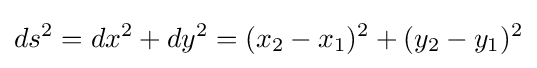
ds^{2}=dx^{2}+dy^{2}=(x_{2}-x_{1})^{2}+(y_{2}-y_{1})^{2}